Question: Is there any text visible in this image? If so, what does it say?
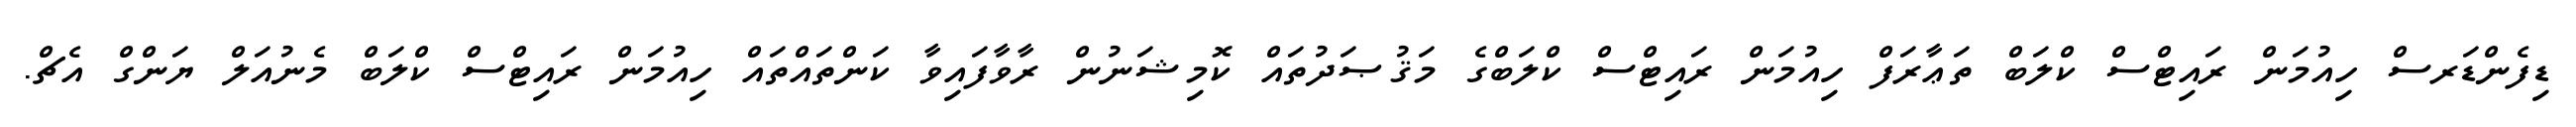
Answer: ޑިފެންޑަރސް ހިއުމަން ރައިޓްސް ކްލަބް ތަޢާރަފް ހިއުމަން ރައިޓްސް ކްލަބްގެ މަޤުޞަދުތައް ކޮމިޝަނުން ރާވާފައިވާ ކަންތައްތައް ހިއުމަން ރައިޓްސް ކްލަބް މެނުއަލް ޔަންގް އެޗް.